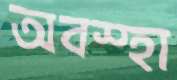
অবস্হা